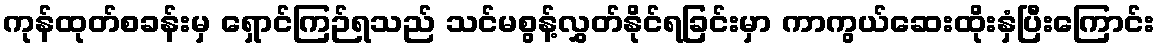
ကုန်ထုတ်စခန်းမှ ရှောင်ကြဉ်ရသည် သင်မစွန့်လွှတ်နိုင်ရခြင်းမှာ ကာကွယ်ဆေးထိုးနှံပြီးကြောင်း